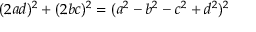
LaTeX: ( 2 a d ) ^ { 2 } + ( 2 b c ) ^ { 2 } = ( a ^ { 2 } - b ^ { 2 } - c ^ { 2 } + d ^ { 2 } ) ^ { 2 }